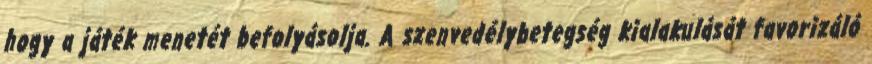
hogy a játék menetét befolyásolja. A szenvedélybetegség kialakulását favorizáló